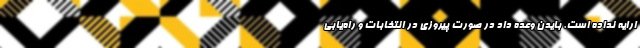
ارایه نداده است. بایدن وعده داد در صورت پیروزی در انتخابات و راه‌یابی